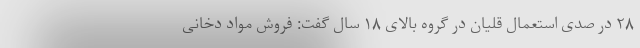
۲۸ در صدی استعمال قلیان در گروه بالای ۱۸ سال گفت: فروش مواد دخانی